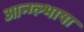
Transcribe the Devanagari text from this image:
आन्ग्ल्भाषा